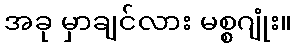
အခု မှာချင်လား မစ္စဂျုံး။